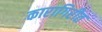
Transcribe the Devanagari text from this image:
कारागिरीत